Vaccination in Burma 1889-1999 - 1889-1999
Year: 1889
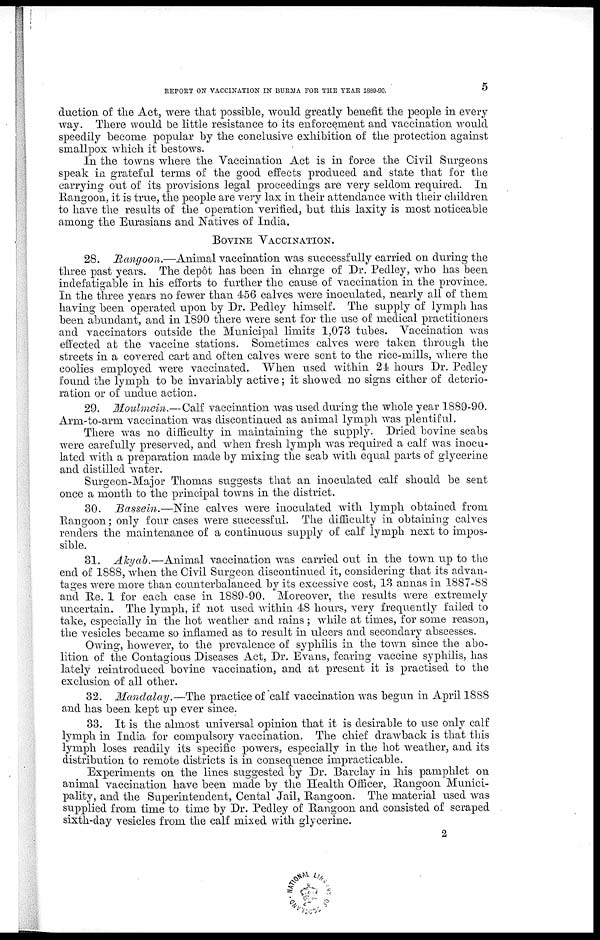
REPORT ON VACCINATION IN BURMA FOR THE YEAR 1889-90.
5
duction of the Act, were that possible, would greatly benefit the people in every-
way. There would be little resistance to its enforcement and vaccination would
speedily become popular by the conclusive exhibition of the protection against
smallpox which it bestows.
In the towns where the Vaccination Act is in force the Civil Surgeons
speak in grateful terms of the good effects produced and state that for the
carrying out of its provisions legal proceedings are very seldom required. In
Rangoon, it is true, the people are very lax in their attendance with their children
to have the results of the operation verified, but this laxity is most noticeable
among the Eurasians and Natives of India.
BOVINE VACCINATION.
28. Rangoon.—Animal vaccination was successfully carried on during the
three past years. The depôt has been in charge of Dr. Pedley, who has been
indefatigable in his efforts to further the cause of vaccination in the province.
In the three years no fewer than 456 calves were inoculated, nearly all of them
having been operated upon by Dr. Pedley himself. The supply of lymph has
been abundant, and in 1890 there were sent for the use of medical practitioners
and vaccinators outside the Municipal limits 1,073 tubes. Vaccination was
effected at the vaccine stations. Sometimes calves were taken through the
streets in a covered cart and often calves were sent to the rice-mills, where the
coolies employed were vaccinated. When used within 24 hours Dr. Pedley
found the lymph to be invariably active; it showed no signs either of deterio-
ration or of undue action.
29. Moulmein.—Calf vaccination was used during the whole year 1889-90.
Arm-to-arm vaccination was discontinued as animal lymph was plentiful.
There was no difficulty in maintaining the supply. Dried bovine scabs
were carefully preserved, and when fresh lymph was required a calf was inocu-
lated with a preparation made by mixing the scab with equal parts of glycerine
and distilled water.
Surgeon-Major Thomas suggests that an inoculated calf should be sent
once a month to the principal towns in the district.
30. Bassein.—Nine calves were inoculated with lymph obtained from
Rangoon; only four cases were successful. The difficulty in obtaining calves
renders the maintenance of a continuous supply of calf lymph next to impos-
sible.
31. Akyab.—Animal vaccination was carried out in the town up to the
end of 1888, when the Civil Surgeon discontinued it, considering that its advan-
tages were more than counterbalanced by its excessive cost, 13 annas in 1887-88
and Re. 1 for each case in 1889-90. Moreover, the results were extremely
uncertain. The lymph, if not used within 48 hours, very frequently failed to
take, especially in the hot weather and rains; while at times, for some reason,
the vesicles became so inflamed as to result in ulcers and secondary abscesses.
Owing, however, to the prevalence of syphilis in the town since the abo-
lition of the Contagious Diseases Act, Dr. Evans, fearing vaccine syphilis, has
lately reintroduced bovine vaccination, and at present it is practised to the
exclusion of all other.
32. Mandalay.—The practice of calf vaccination was begun in April 1888
and has been kept up ever since.
33. It is the almost universal opinion that it is desirable to use only calf
lymph in India for compulsory vaccination. The chief drawback is that this
lymph loses readily its specific powers, especially in the hot weather, and its
distribution to remote districts is in consequence impracticable.
Experiments on the lines suggested by Dr. Barclay in his pamphlet on
animal vaccination have been made by the Health Officer, Rangoon Munici-
pality, and the Superintendent, Cental Jail, Rangoon. The material used was
supplied from time to time by Dr. Pedley of Rangoon and consisted of scraped
sixth-day vesicles from the calf mixed with glycerine.
2